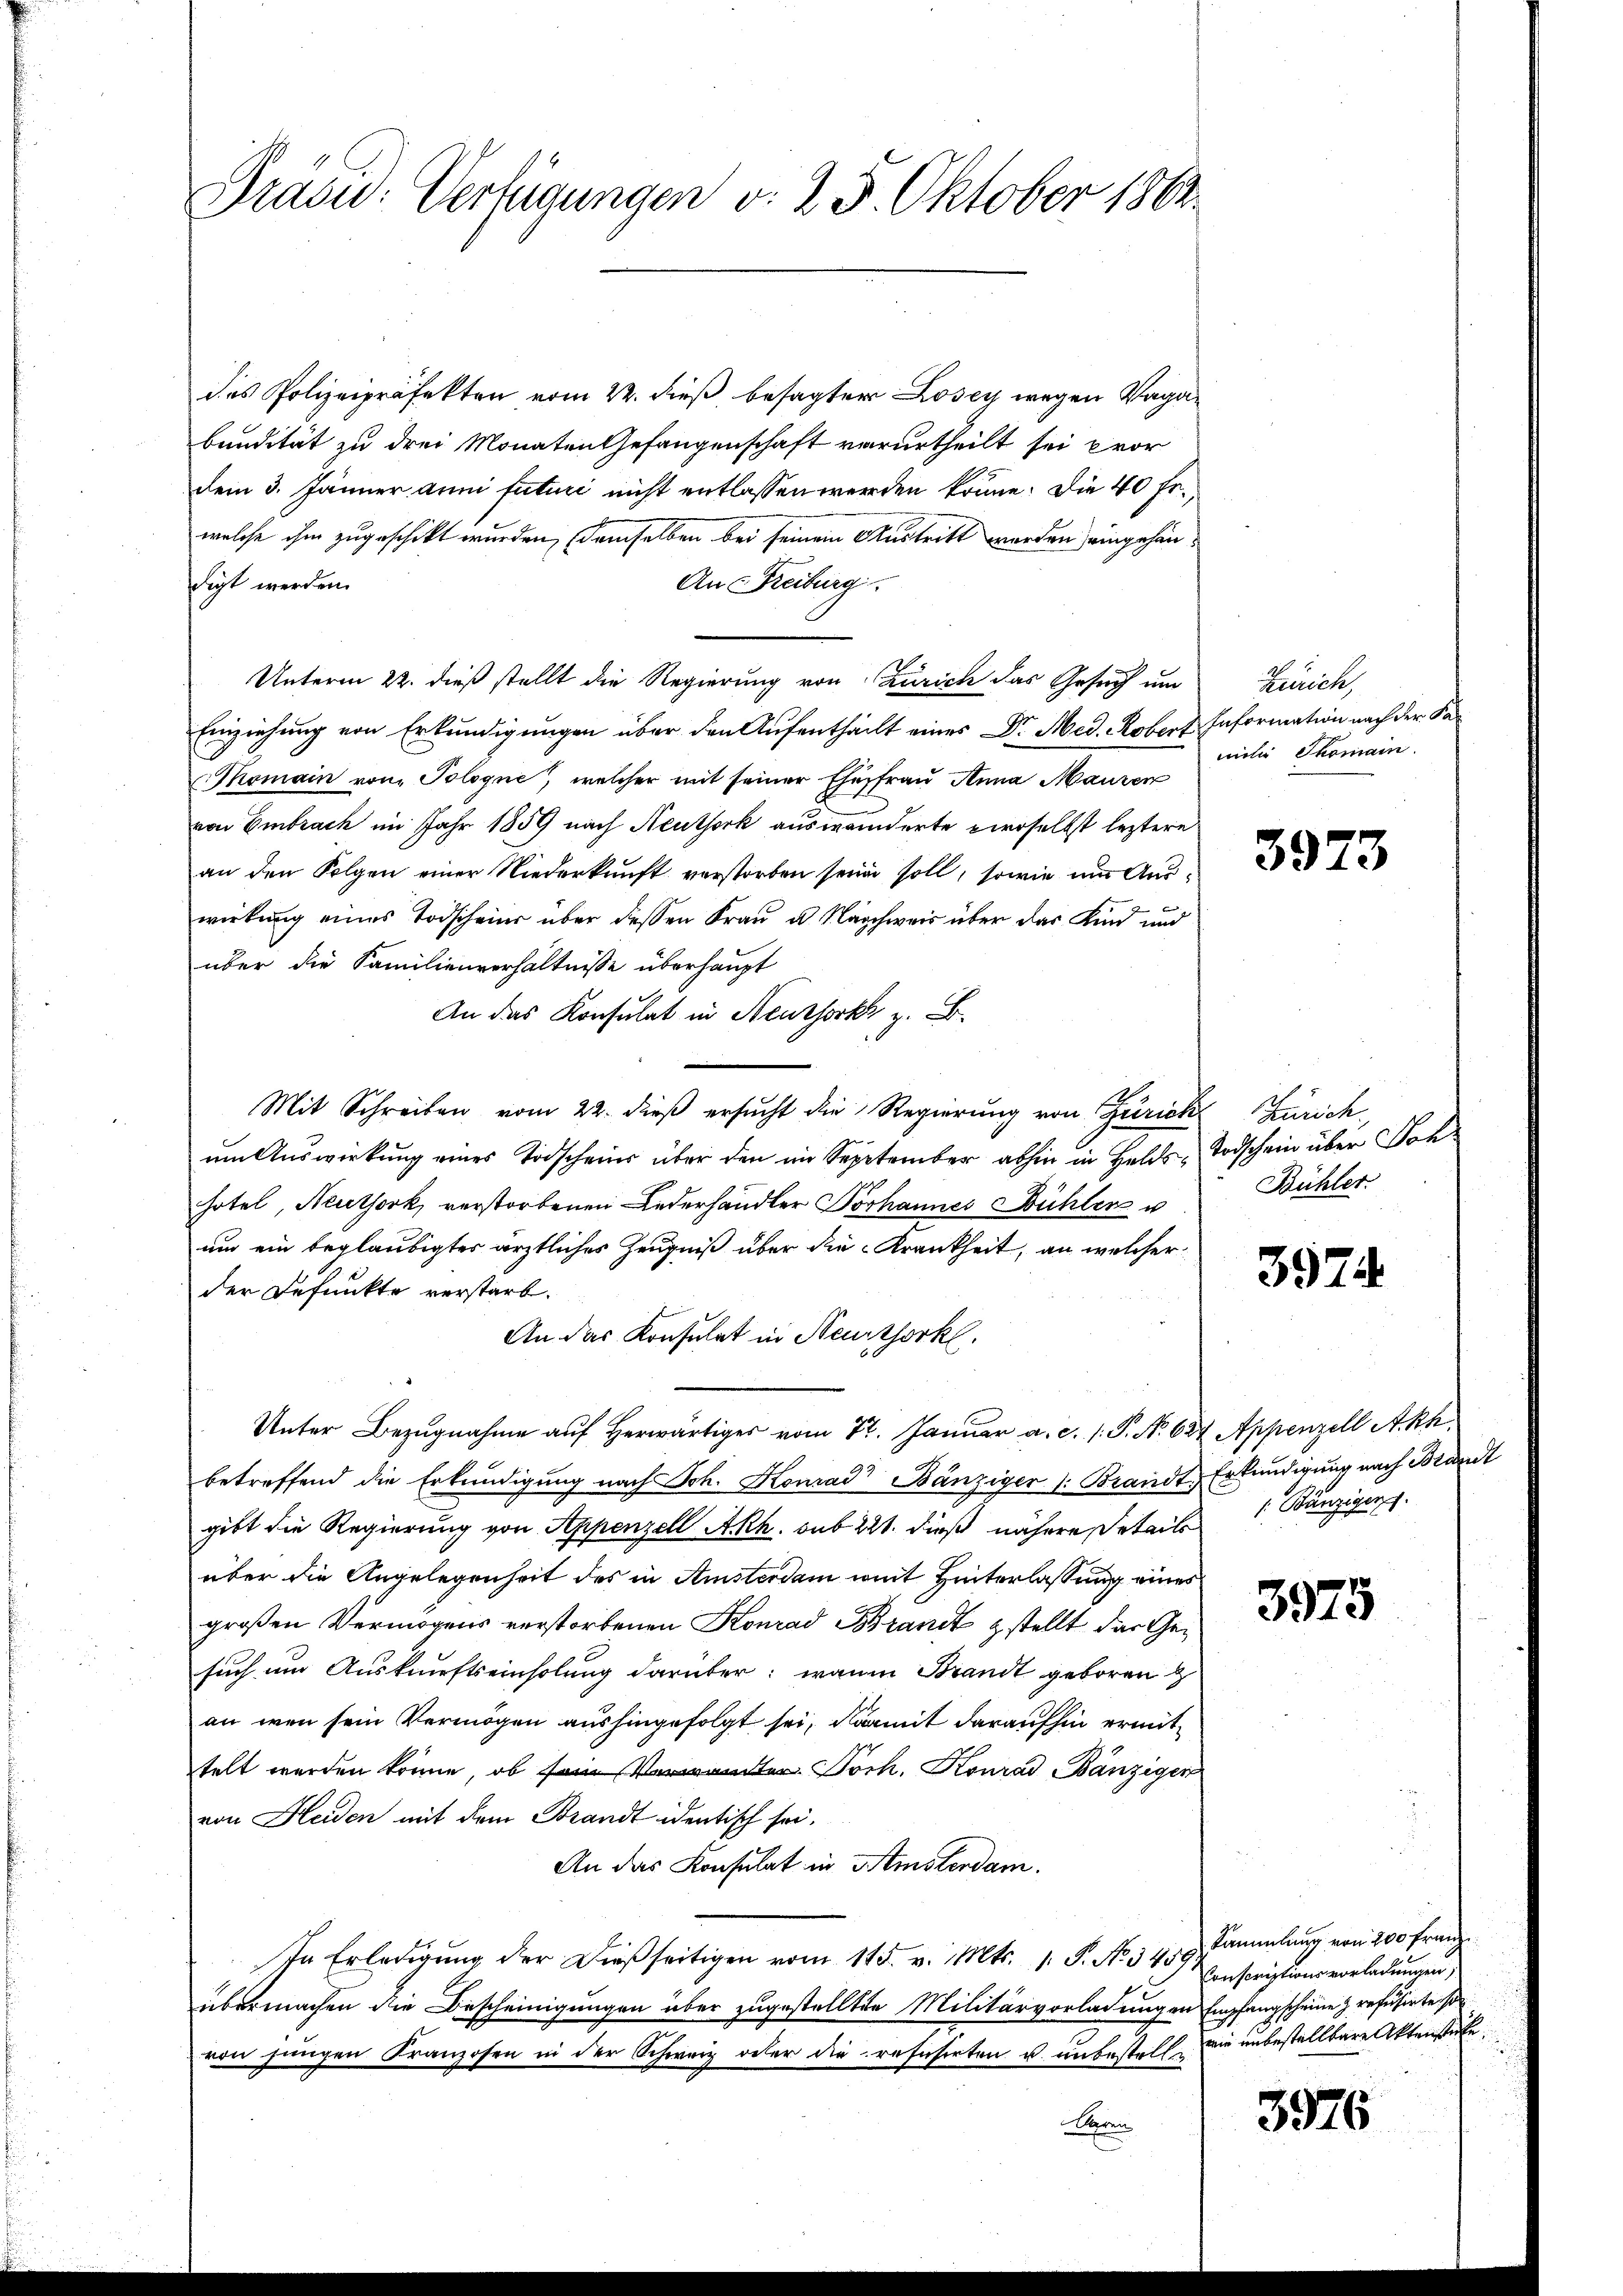
Präsid. Verfügungen v. 25. Oktober 1864.

des Polizeipräfekten vom 22. dieß besagter Losey wegen Vagabendität zu drei Monaten Gefangenschaft verurtheilt sei pror
dem 3. Jänner anni futuri nicht entlassen werden könne. Die 40 Fr.,
welche ihm zugeschickt wurden, demselben bei seinem Austritt werden eingehen
digt werden.
An Freiburg.
Unterm 22. dieß stellt die Regierung von Zürich das Gesuch um Zürich,
Einziehung von Erkundigungen über den Aufentheilt eines Dr. Med. Robert Information nach der Ka¬
Thomain von Tologne, welcher mit seiner Ehefrau Anna Mauren
von Embrach im Jahr 1859 nach Neuthork auswänderte zwoselbst leztere
an den Folgen einer Niederkunft verstorben seine soll, sowie um Auswirkŭng eines Todschein über dessen Fraŭ u. Nachweis über das Kind und
über die Familienverhältnisse überhaupt
An das Konsulat in Neussorks z. B.
Mit Schreiben vom 22. dieβ ersŭcht die Regierung von Zürich Zürich
um Auswirkung eines Todscheins über den im September abhin in Helds Todschein über Doh-
hotel, Neuthork verstorbenen Lederhandler Vorhannes Bühler v
um ein beglaubigter ärztliches Zeugniß über die Krankheit, an welcher
der Befunkte verstarb.
An das Konsulat in Neurthorkl.
Unter Bezugnahme auf herwärtiges vom 27. Januar a. c. 1. P. Nr. 627 Appenzell Akk
betreffend die Erkundigung nach Joh. Konrad Bänziger (: Brandt
gibt die Regierung von Appenzell A.Rh. sub 221. dieß nähere Detaile 1 Bänzigen
über die Angelegenheit des in Amsterdam weit Hinterlassung eines
großen Vermögens verstorbenen Konrad Brandt stellt das Gesuch um Auskunftseinholung darüber: wann Brandt geboren z
an wenn sein Vermögen aushingefolgt sei, damit daraufhin ermittelt werden könne, ob sie Toch. Konrad Bänzigen
von Heiden mit dem Brandt identisch sei.
An das Konsulat in Amsterdam.
In Erledigŭng der dießseitigen vom 115. v. Mts. 1. P. No. 3459;
übermachen die Bescheinigungen über zugestellte Militärvorladungen Empfangscheine refüsirte son
von jungen Kranzosen in der Schweiz oder die refuserten u. unbestell die unbestellbare Aktenstate
Baren
E

milie Thomain

3973

Bühler.

3974

Erkundigung nach Brandt

3975

3976

Kammlung von 200 Franz
Conscriptionsvorladungen,